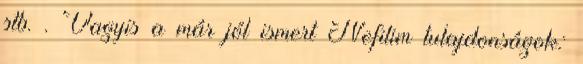
stb. . Vagyis a már jól ismert Nefilim tulajdonságok: